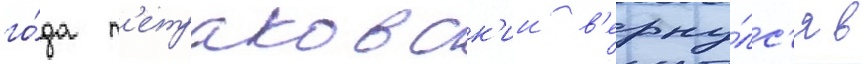
го́да п'етраковск'ии в'ерну́лс'я в